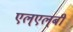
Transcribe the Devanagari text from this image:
एल्‌एल्‌बी